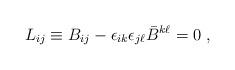
LaTeX: \begin{align*}L_{ij}\equiv B_{ij}- \epsilon_{ik}\epsilon_{j\ell }\bar B^{k\ell } =0\ ,\end{align*}